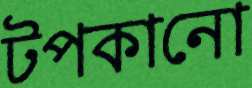
টপকানো